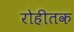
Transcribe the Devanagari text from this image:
रोहीतक